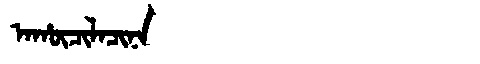
Manchu: ᠠᡥᡡᠴᡳᠯᠠᠴᡳᠨᠠ
Romanization: AHŪCILACINA